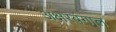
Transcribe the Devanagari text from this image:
अक्षरबंगाल